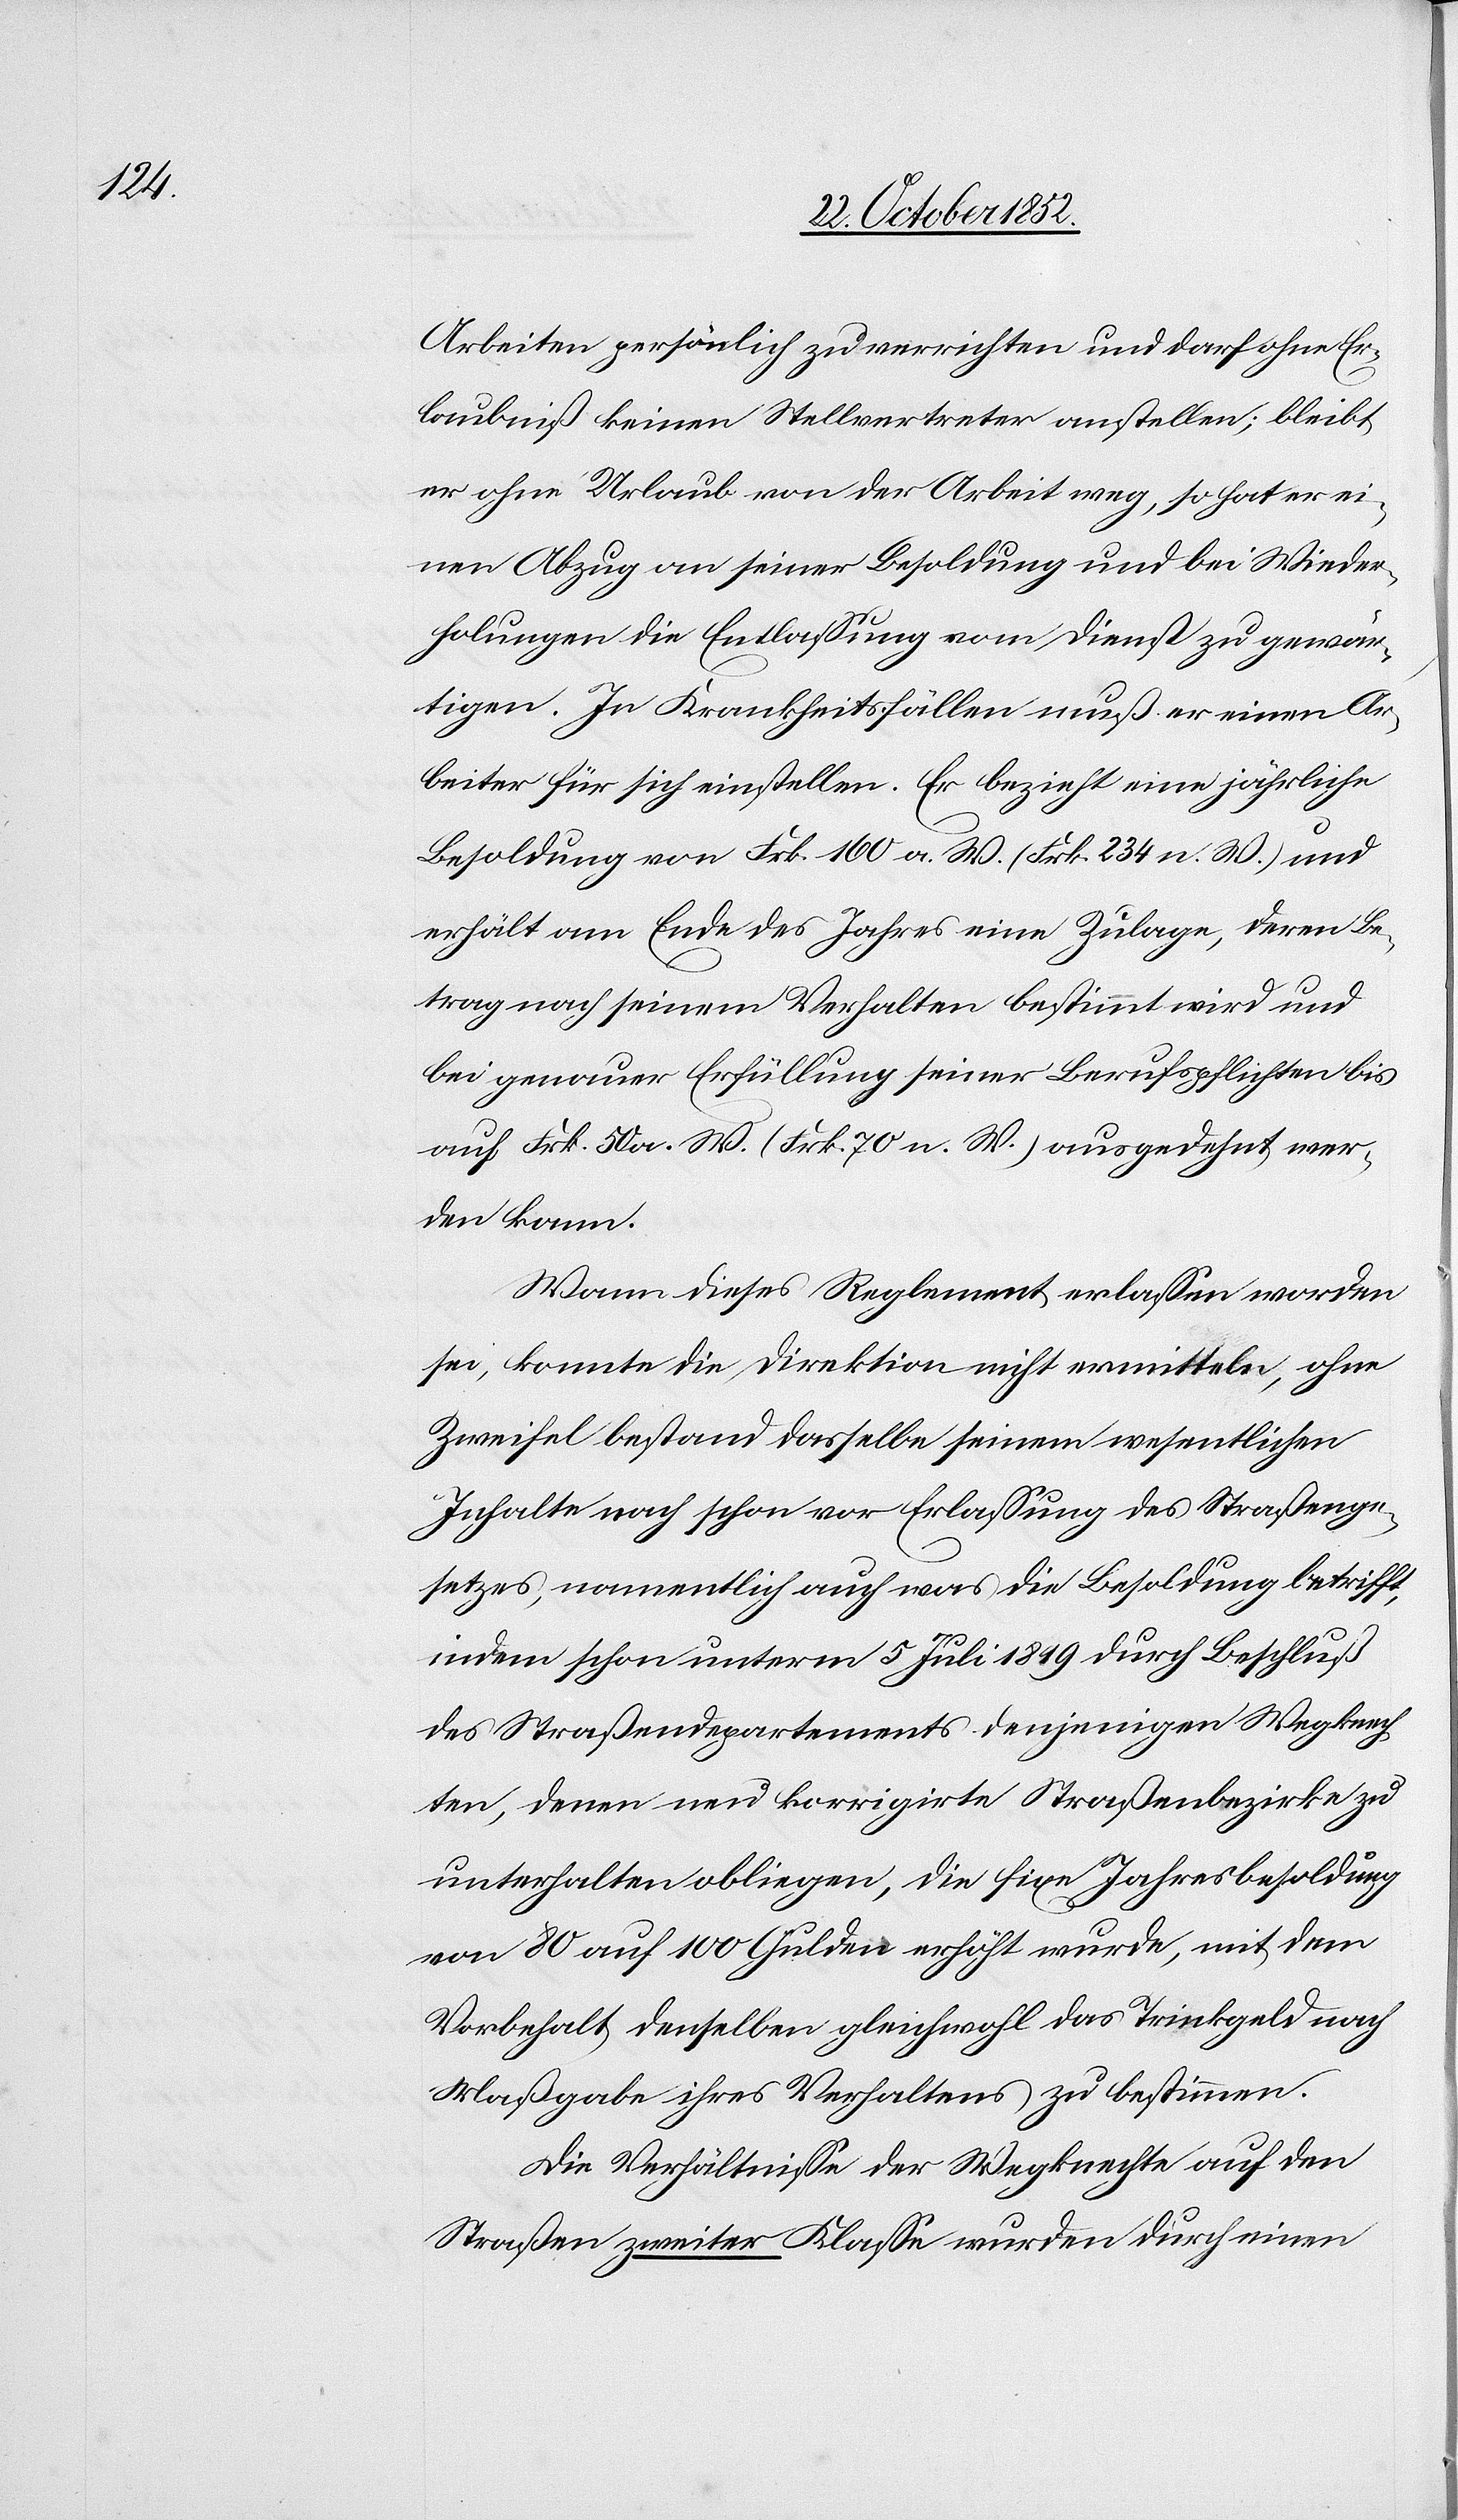
Arbeiten persönlich zu verrichten und darf ohne Er¬
laubniß keinen Stellvertreter anstellen; bleibt
er ohne Urlaub von der Arbeit weg, so hat er ei¬
nen Abzug an seiner Besoldung und bei Wieder¬
holungen die Entlassung vom Dienst zu gewär¬
tigen. In Krankheitsfällen muß er einen Ar¬
beiter für sich einstellen. Er bezieht eine jährliche
Besoldung von Frk. 160 a. W. (Frk. 234 n. W.) und
erhält am Ende des Jahres eine Zulage, deren Be¬
trag nach seinem Verhalten bestimmt wird und
bei genauer Erfüllung seiner Berufspflichten bis
auf Frk. 50 a. W. (Frk. 70 n. W.) ausgedehnt wer¬
den kann.
Wann dieses Reglement erlassen worden
sei, konnte die Direktion nicht ermitteln, ohne
Zweifel bestand dasselbe seinem wesentlichen
Inhalte nach schon vor Erlassung des Straßenge¬
setzes, namentlich auch was die Besoldung betrifft,
indem schon unterm 5 Juli 1819 durch Beschluß
des Straßendepartements denjenigen Wegknech¬
ten, denen neu korrigirte Straßenbezirke zu
unterhalten obliegen, die fixe Jahresbesoldung
von 80 auf 100 Gulden erhöht wurde, mit dem
Vorbehalt, denselben gleichwohl das Trinkgeld nach
Maßgabe ihres Verhaltens zu bestimmen.
Die Verhältnisse der Wegknechte auf den
Straßen zweiter Klasse wurden durch einen